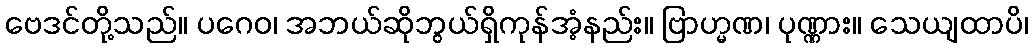
ဗေဒင်တို့သည်။ ပဂေဝ၊ အဘယ်ဆိုဘွယ်ရှိကုန်အံ့နည်း။ ဗြာဟ္မဏ၊ ပုဏ္ဏား။ သေယျထာပိ၊